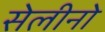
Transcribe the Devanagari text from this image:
सेलीनो